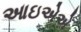
આઇએએ